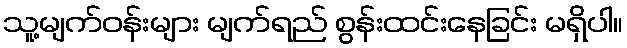
သူ့မျက်ဝန်းများ မျက်ရည် စွန်းထင်းနေခြင်း မရှိပါ။